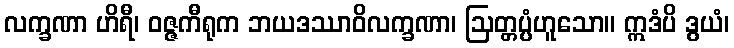
လက္ခဏာ ဟိရီ၊ ဝဇ္ဇကီရုက ဘယဒဿာဝိလက္ခဏာ၊ ဩတ္တပ္ပံဟူသော။ ဣဒံပိ ဒွယံ၊